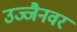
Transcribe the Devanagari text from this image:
उज्जैनवर